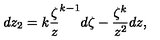
d z _ { 2 } = k \frac { \zeta } { z } ^ { k - 1 } d \zeta - \frac { \zeta ^ { k } } { z ^ { 2 } } d z ,